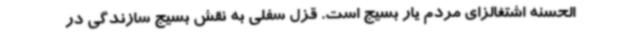
الحسنه اشتغالزای مردم یار بسیج است. قزل سفلی به نقش بسیج سازندگی در